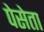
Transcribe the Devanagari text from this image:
पेसेता